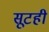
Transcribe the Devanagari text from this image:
सूटही